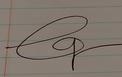
Signature authenticity: genuine